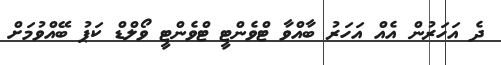
ދެ އަހަރުން އެއް އަހަރު ބާއްވާ ޓްވެންޓީ ޓްވެންޓީ ވޯލްޑް ކަޕު ބޭއްވުމަށް